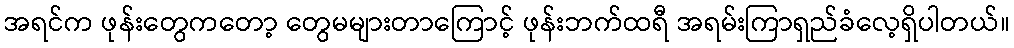
အရင်က ဖုန်းတွေကတော့ တွေမများတာကြောင့် ဖုန်းဘက်ထရီ အရမ်းကြာရှည်ခံလေ့ရှိပါတယ်။